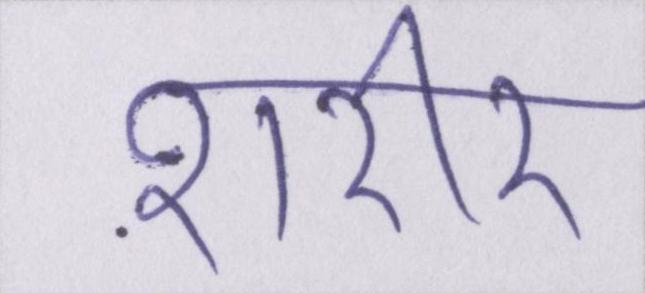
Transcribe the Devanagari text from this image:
शरीर